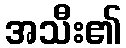
အသီး၏